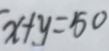
x + y = 5 0